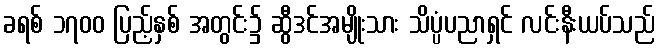
ခရစ် ၁၇၀၀ ပြည့်နှစ် အတွင်း၌ ဆွီဒင်အမျိုးသား သိပ္ပံပညာရှင် လင်းနီးယပ်သည်